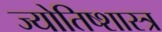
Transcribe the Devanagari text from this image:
ज्योतिष्शास्त्र